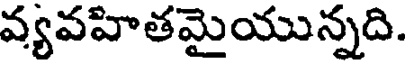
వ్యవహితమైయున్నది.